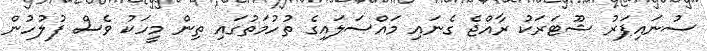
ސުނައިޕަރު ޝޫޓަރަކު ރާއްޖެ ގެނައި މައްސަލައިގެ ތުހުމަތުގައި ތިން މީހަކު ވެސް ފުލުހުން